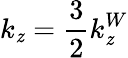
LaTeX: k_{\mathit{z}}=\frac{{3}}{{2}}k_{\mathit{z}}^{W}